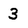
Character: 3